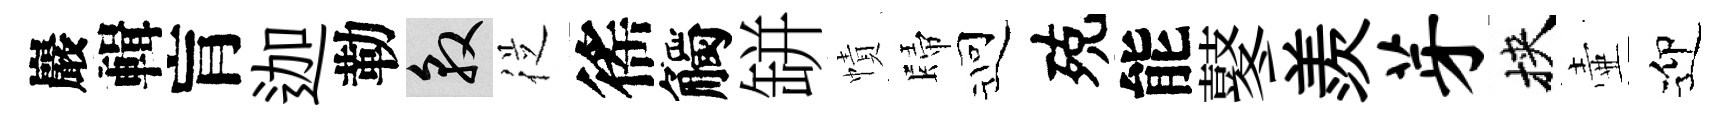
巖輯肓迦勒敦従徭觸缾幘歸迎殑能鼕羨芽挾壷迎